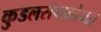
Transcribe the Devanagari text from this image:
कुडलसंगमदेवा।।